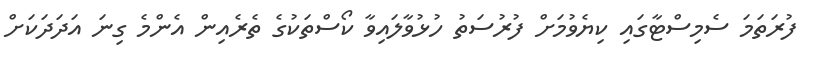
ފުރަތަމަ ސެމިސްޓާގައި ކިޔެވުމަށް ފުރުސަތު ހުޅުވާލައިވާ ކޯސްތަކުގެ ތެރެއިން އެންމެ ގިނަ އަދަދަކަށް